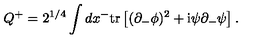
Q ^ { + } = 2 ^ { 1 / 4 } \int d x ^ { - } \mathrm { t r } \left[ ( \partial _ { - } \phi ) ^ { 2 } + \mathrm { i } \psi \partial _ { - } \psi \right] .